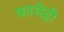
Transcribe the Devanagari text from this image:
फ़ासेही